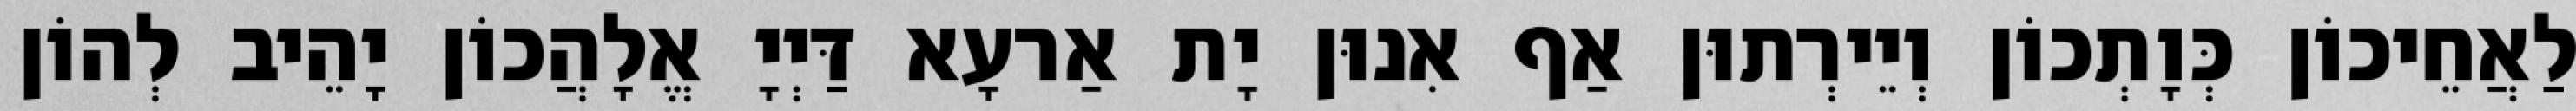
לַאֲחֵיכוֹן כְּוָתְכוֹן וְיֵירְתוּן אַף אִנוּן יָת אַרעָא דַּיְיָ אֱלָהֲכוֹן יָהֵיב לְהוֹן